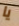
يا